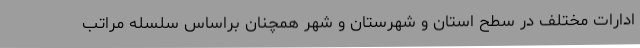
ادارات مختلف در سطح استان و شهرستان و شهر همچنان براساس سلسله مراتب